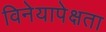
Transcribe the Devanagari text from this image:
विनेयापेक्षता